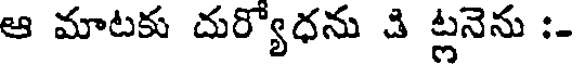
ఆ మాటకు దుర్యోధను చి ట్లనెను :-